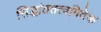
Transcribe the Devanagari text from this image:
सिद्धांततत्वविवेक